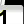
Digit: 1